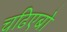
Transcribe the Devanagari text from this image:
चढिएबो